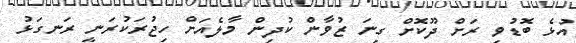
އުޅެ ބޮޑުވި ރަށްް ދޫކޮށް ގިނަ ޒުވާން ކުދިން މާލެއަށް ހިޖުރަކުރަނީ ރަނގަޅު